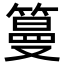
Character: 𥲑